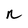
Character: n